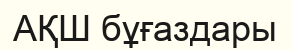
АҚШ бұғаздары